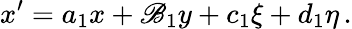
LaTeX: x^{\prime}=a_{1}x+\mathscr{B}_{1}y+c_{1}\xi+d_{1}\eta\, .